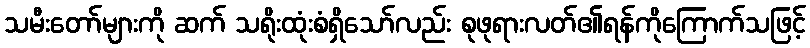
သမီးတော်များကို ဆက် သရိုးထုံးစံရှိသော်လည်း စုဖုရားလတ်၏ရန်ကိုကြောက်သဖြင့်